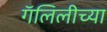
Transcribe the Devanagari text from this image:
गॅलिलीच्या